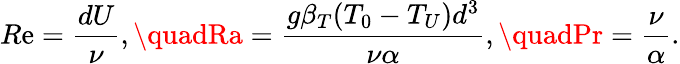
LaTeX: R\mathrm{e}=\frac{{dU}}{{\nu}},\quadRa=\frac{{g\beta_{T}(T_{0}-T_{U})d^{3}}}{{\nu\alpha}},\quadPr=\frac{{\nu}}{{\alpha}}.